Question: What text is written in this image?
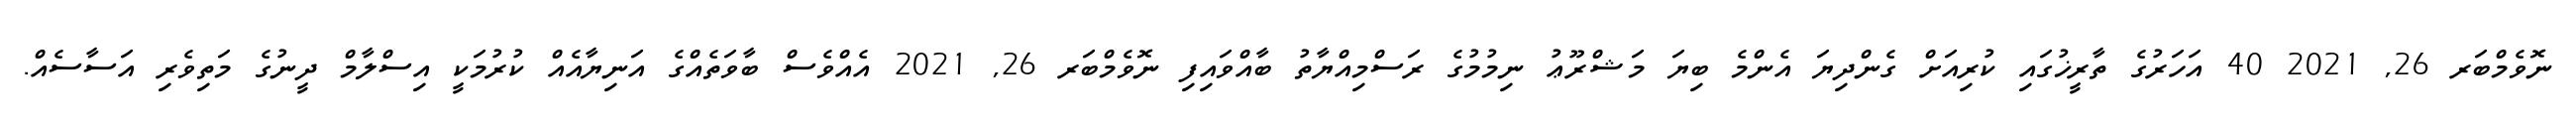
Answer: ނޮވެމްބަރ 26, 2021 40 އަހަރުގެ ތާރީޚުގައި ކުރިއަށް ގެންދިޔަ އެންމެ ބިޔަ މަޝްރޫޢު ނިމުމުގެ ރަސްމިއްޔާތު ބާއްވައިފި ނޮވެމްބަރ 26, 2021 އެއްވެސް ބާވަތެއްގެ އަނިޔާއެއް ކުރުމަކީ އިސްލާމް ދީނުގެ މަތިވެރި އަސާސެއް.